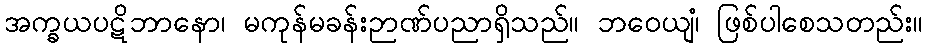
အက္ခယပဋိဘာနော၊ မကုန်မခန်းဉာဏ်ပညာရှိသည်။ ဘဝေယျံ၊ ဖြစ်ပါစေသတည်း။